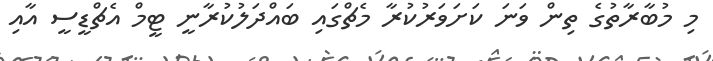
މި މުބާރާތުގެ ތިން ވަނަ ކަށަވަރުކުރާ މެޗްގައި ބައްދަލުކުރާނީ ޓީމް އެޗްޑީސީ އާއި